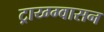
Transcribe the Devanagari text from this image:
ट्राय्ग्ग्वासन